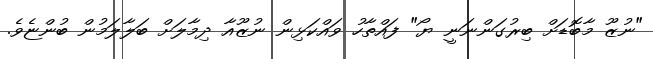
"ނުޒޫ މާބޮޑަށް ބިރުގަންނަނީ ޔޯ" ފައްތާހު ވައްކަޅިން ނުޒޫއާ ދިމާލަށް ބަލާލަމުން ބުންޏެވެ.